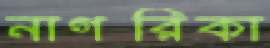
নাগরিকা